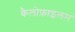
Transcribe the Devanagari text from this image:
कैलोफ़ाइलम